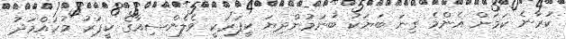
ކުރާނެ ކަމަށް އެންމެ ގިނަ ބަޔަކު ބުނަމުންދިޔަ ކީޕަރަކީ ވެލެންސިއާގެ ކީޕަރު މުހައްމަދު